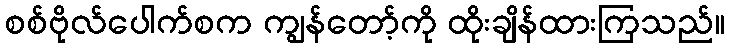
စစ်ဗိုလ်ပေါက်စက ကျွန်တော့်ကို ထိုးချိန်ထားကြသည်။